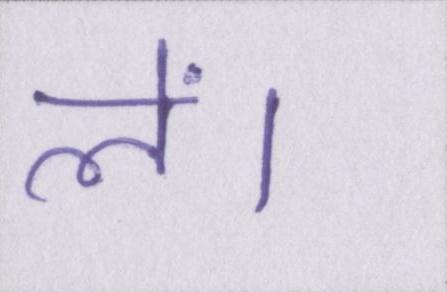
लें।